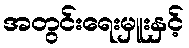
အတွင်းရေးမှူးနှင့်